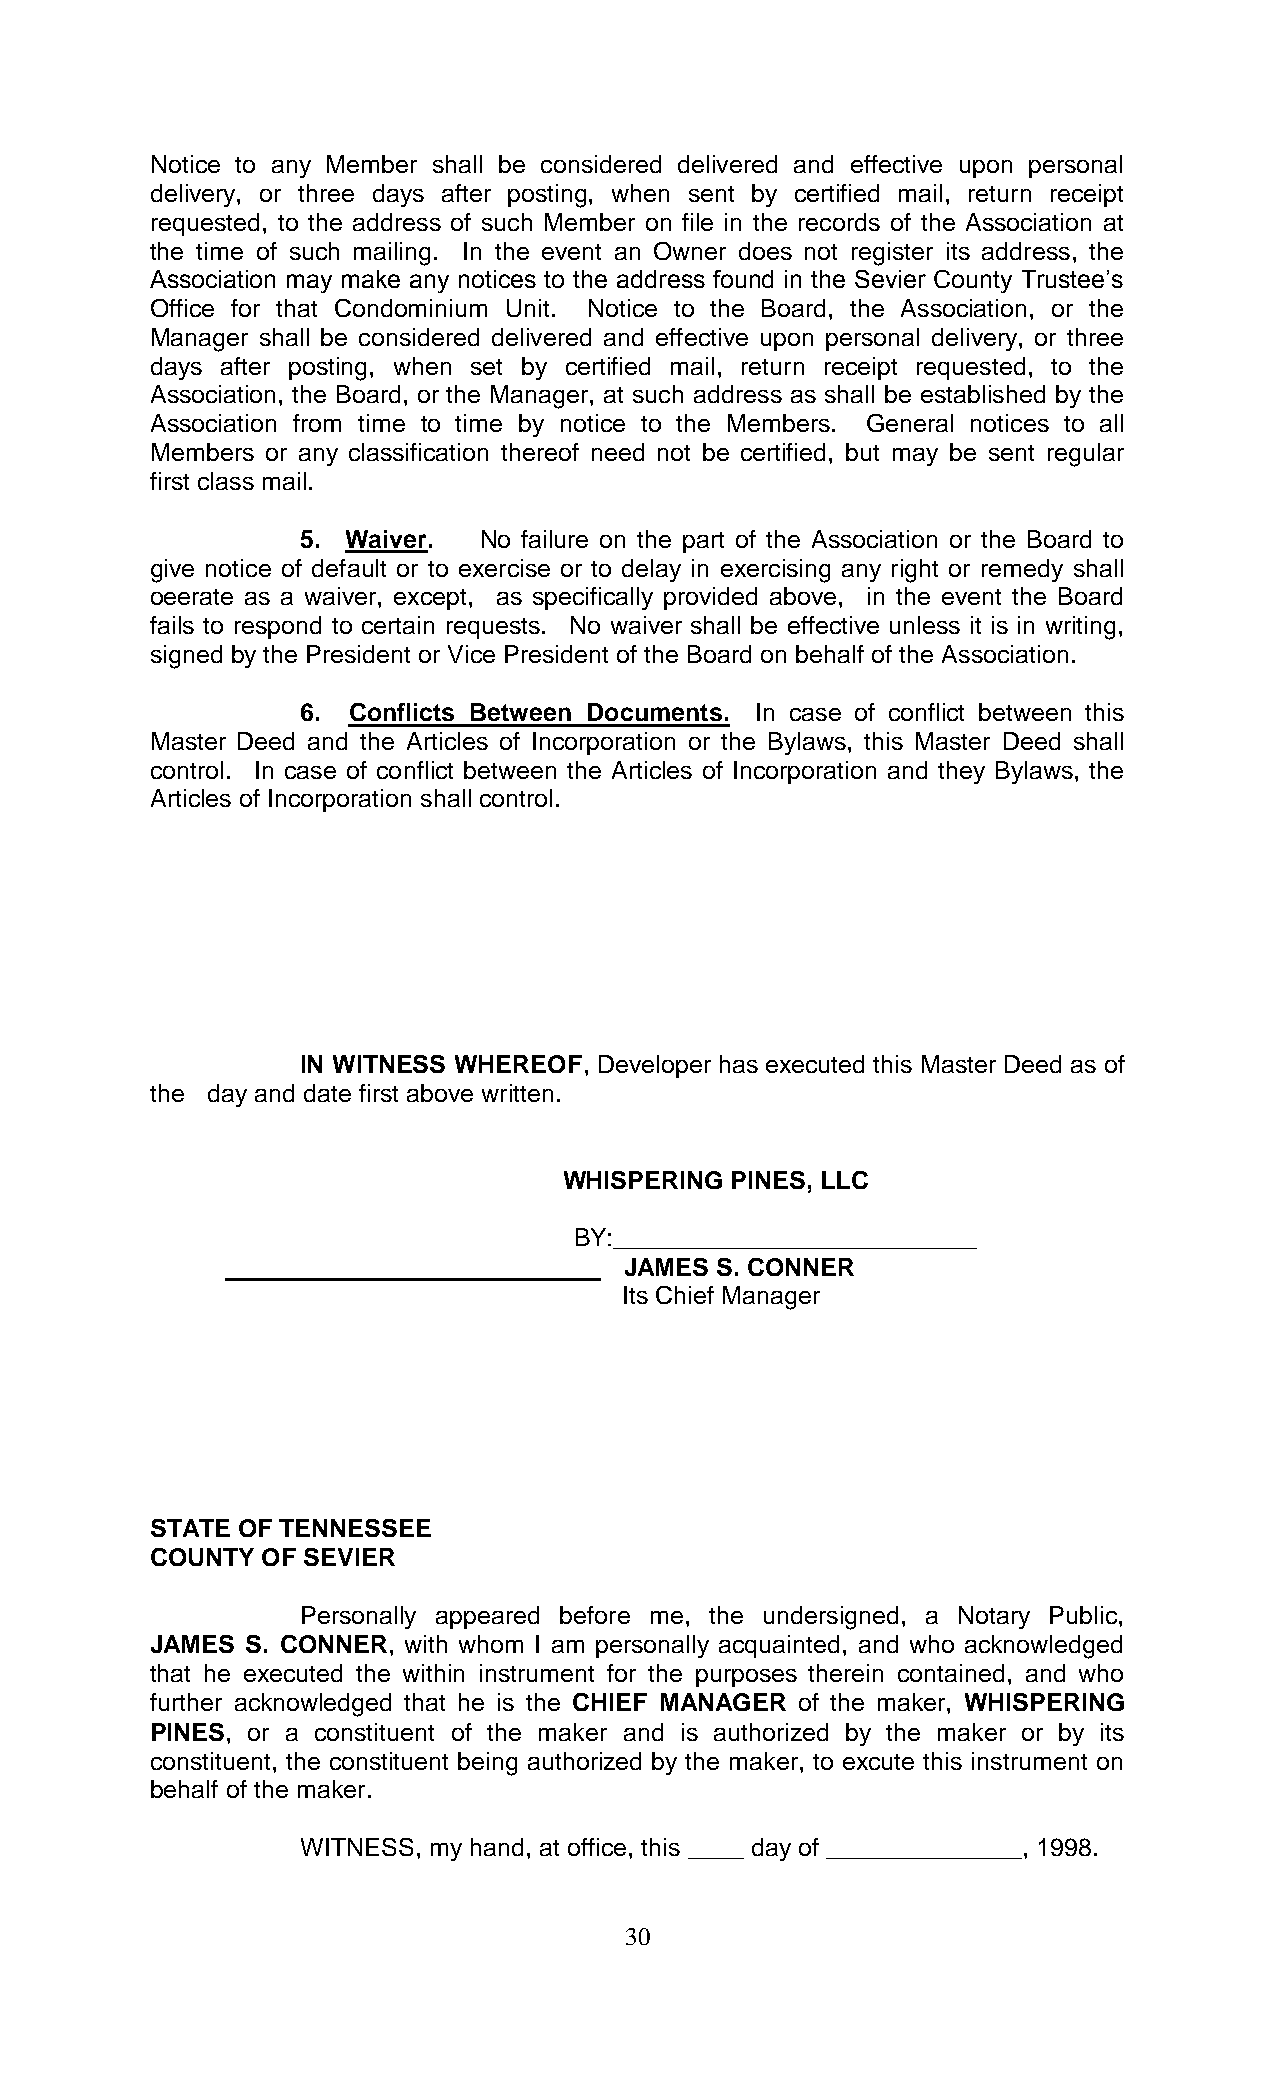
Notice to any Member shall be considered delivered and effective upon personal
 delivery, or three days after posting, when sent by certified mail, return receipt
 requested, to the address of such Member on file in the records of the Association at
 the time of such mailing. In the event an Owner does not register its address, the
 Association may make any notices to the address found in the Sevier County Trustee’s
 Office for that Condominium Unit. Notice to the Board, the Association, or the
 Manager shall be considered delivered and effective upon personal delivery, or three
 days after posting, when set by certified mail, return receipt requested, to the
 Association, the Board, or the Manager, at such address as shall be established by the
 Association from time to time by notice to the Members. General notices to all
 Members or any classification thereof need not be certified, but may be sent regular
 first class mail.
 5. Waiver.  No failure on the part of the Association or the Board to
 give notice of default or to exercise or to delay in exercising any right or remedy shall
 oeerate as a waiver, except, as specifically provided above, in the event the Board
 fails to respond to certain requests. No waiver shall be effective unless it is in writing,
 signed by the President or Vice President of the Board on behalf of the Association.
 6. Conflicts Between Documents. In case of conflict between this
 Master Deed and the Articles of Incorporation or the Bylaws, this Master Deed shall
 control. In case of conflict between the Articles of Incorporation and they Bylaws, the
 Articles of Incorporation shall control.
 IN WITNESS WHEREOF, Developer has executed this Master Deed as of
 the day and date first above written.
 WHISPERING PINES, LLC
 BY:__________________________
 JAMES S. CONNER
 Its Chief Manager
 STATE OF TENNESSEE
 COUNTY OF SEVIER
 Personally appeared before me, the undersigned, a Notary Public,
 JAMES S. CONNER, with whom I am personally acquainted, and who acknowledged
 that he executed the within instrument for the purposes therein contained, and who
 further acknowledged that he is the CHIEF MANAGER of the maker, WHISPERING
 PINES, or a constituent of the maker and is authorized by the maker or by its
 constituent, the constituent being authorized by the maker, to excute this instrument on
 behalf of the maker.
 WITNESS, my hand, at office, this ____ day of ______________, 1998.
 30